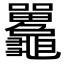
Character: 𪛄